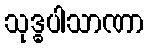
သုဒ္ဓပါသာဏာ